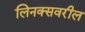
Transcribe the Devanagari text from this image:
लिनक्सवरील